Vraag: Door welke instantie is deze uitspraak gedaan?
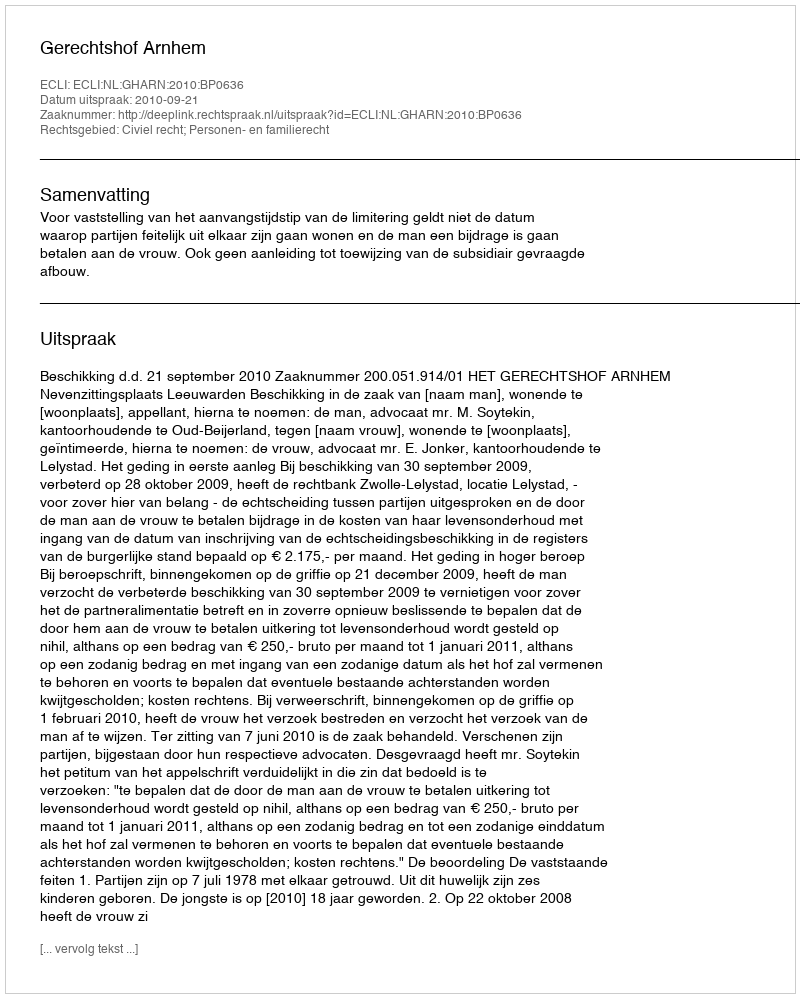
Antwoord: Gerechtshof Arnhem